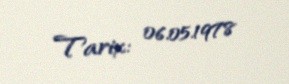
Tarix: 06.05.1978